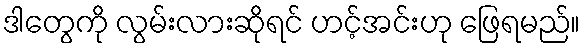
ဒါတွေကို လွမ်းလားဆိုရင် ဟင့်အင်းဟု ဖြေရမည်။